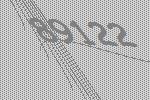
89122